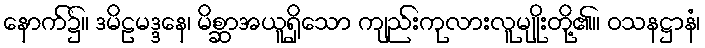
နောက်၌။ ဒမိဠမဒ္ဒနေ၊ မိစ္ဆာအယူရှိသော ကျည်းကုလားလူမျိုးတို့၏။ ဝသနဋ္ဌာနံ၊